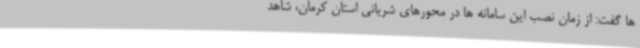
ها گفت: از زمان نصب این سامانه ها در محورهای شریانی استان کرمان، شاهد